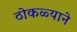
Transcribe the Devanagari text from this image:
ठोकळ्याने